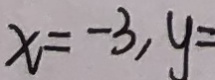
x = - 3 , y =